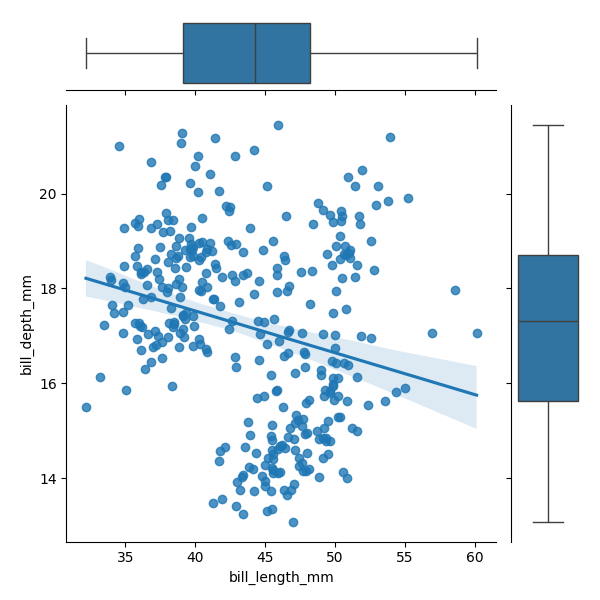
python, seaborn, JointGrid, regplot, boxplot